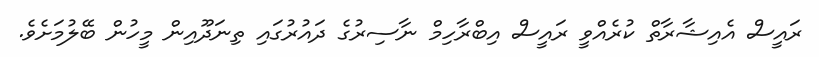
ރައީސް އެއިޝާރާތް ކުރެއްވީ ރައީސް އިބްރާހިމް ނާސިރުގެ ދައުރުގައި ތިނަދޫއިން މީހުން ބޭލުމަށެވެ.